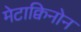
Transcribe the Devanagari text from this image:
मेटाक्विनोन